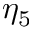
\eta _ { 5 }